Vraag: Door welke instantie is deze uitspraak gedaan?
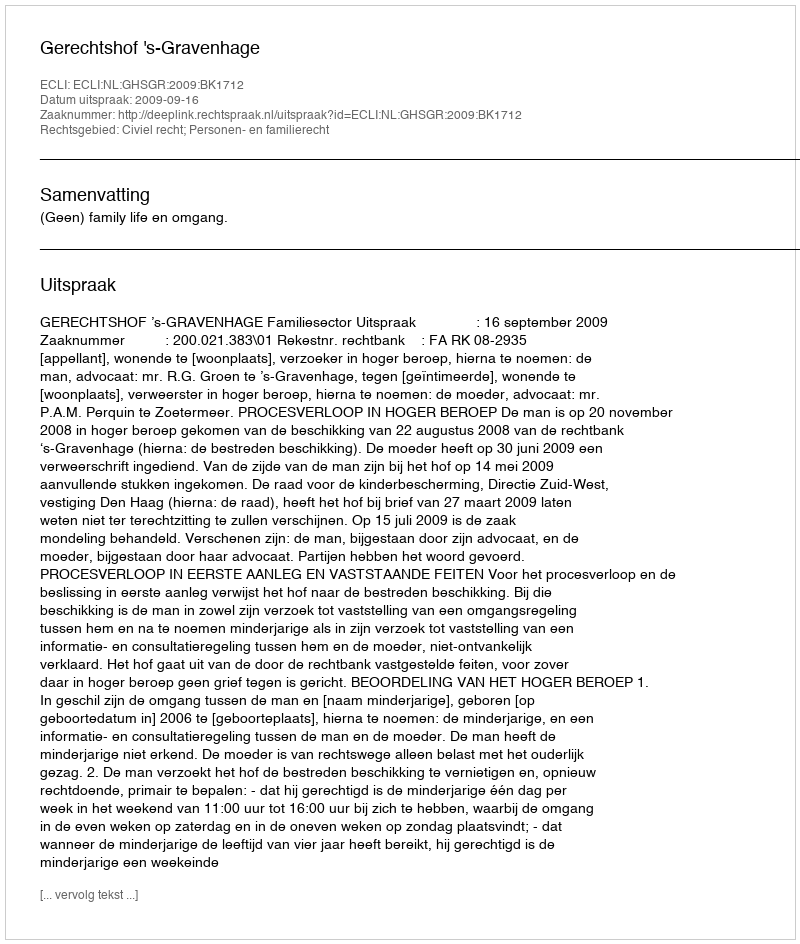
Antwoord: Gerechtshof 's-Gravenhage